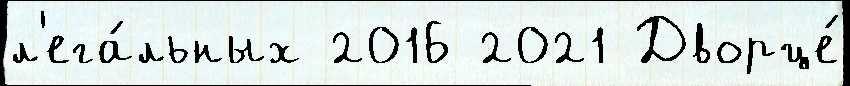
л'ега́льных 2016 2021 Дворце́